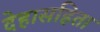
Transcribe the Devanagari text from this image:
देहासहिता